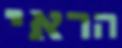
הראי